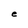
Character: e